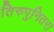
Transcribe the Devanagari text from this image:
तिरुपुनितरा